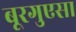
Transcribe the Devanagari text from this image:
बूरगुएसा